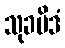
သုခမိဒံ